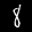
Label: 8